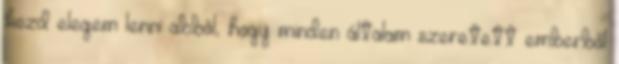
kezd elegem lenni abból, hogy minden általam szeretett emberből